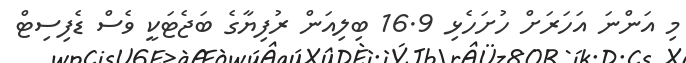
މި އަންނަ އަހަރަށް ހުށަހެޅި 16.9 ބިލިއަން ރުފިޔާގެ ބަޖެޓަކީ ވެސް ޑެފިސިޓް